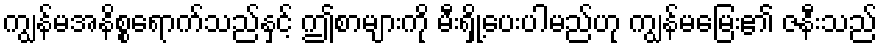
ကျွန်မအနိစ္စရောက်သည်နှင့် ဤစာများကို မီးရှို့ပေးပါမည်ဟု ကျွန်မမြေး၏ ဇနီးသည်